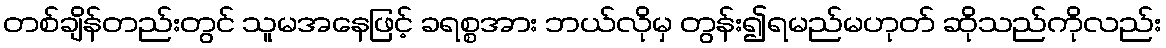
တစ်ချိန်တည်းတွင် သူမအနေဖြင့် ခရစ္စအား ဘယ်လိုမှ တွန်း၍ရမည်မဟုတ် ဆိုသည်ကိုလည်း